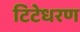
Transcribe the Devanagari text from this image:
टिटेधरण